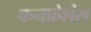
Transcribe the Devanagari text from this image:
कनफ़ेशंस